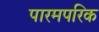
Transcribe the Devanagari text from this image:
पारमपरिक